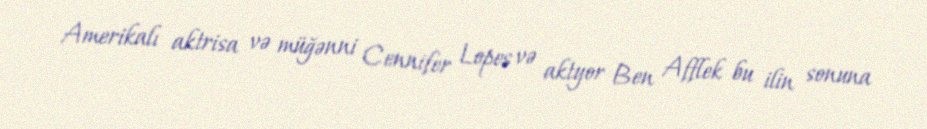
Amerikalı aktrisa və müğənni Cennifer Lopes və aktyor Ben Afflek bu ilin sonuna